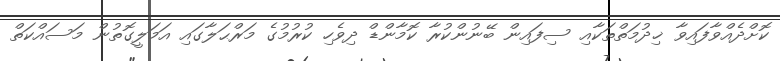
ކޮށްދެއްވާފައިވާ ޚިދުމަތްތަކާއި ސިފައިން ބޭނުންކުރާ ކޮމާންޑް ދިވެހި ކުރުމުގެ މަރްޙަލާގައި އަމަލީގޮތުން މަސައްކަތް